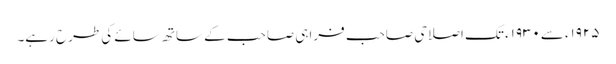
۱۹۲۵ء سے۱۹۳۰ء تک اصلاحی صاحب فراہی صاحب کے ساتھ سائے کی طرح رہے۔